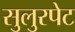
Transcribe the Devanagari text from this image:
सुलुरपेट